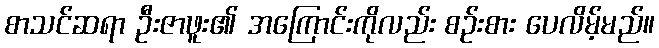
စာသင်ဆရာ ဦးဇာဖူး၏ အကြောင်းကိုလည်း စဉ်းစား ပေလိမ့်မည်။